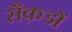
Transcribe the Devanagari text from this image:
सैक़डों